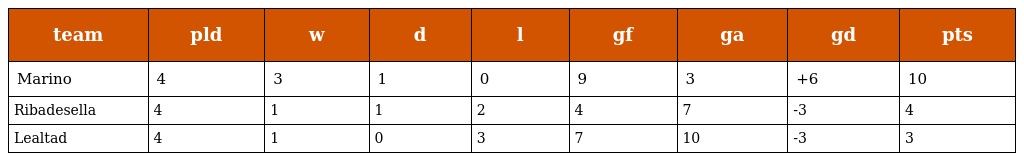
| team | pld | w | d | l | gf | ga | gd | pts |
 | --- | --- | --- | --- | --- | --- | --- | --- | --- |
 | Marino | 4 | 3 | 1 | 0 | 9 | 3 | +6 | 10 |
 | Ribadesella | 4 | 1 | 1 | 2 | 4 | 7 | -3 | 4 |
 | Lealtad | 4 | 1 | 0 | 3 | 7 | 10 | -3 | 3 |